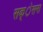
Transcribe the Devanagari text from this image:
सक्ेसना